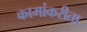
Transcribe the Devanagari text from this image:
कामांकरीता